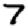
Digit: 7